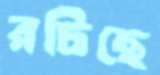
রচিছে